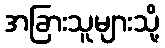
အခြားသူများသို့